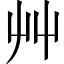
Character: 艸